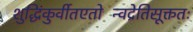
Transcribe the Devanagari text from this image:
शुद्धिंकुर्वीतएतोन्विंद्रेतिसूक्ततः